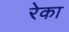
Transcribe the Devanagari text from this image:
रेका